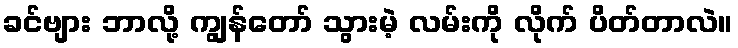
ခင်ဗျား ဘာလို့ ကျွန်တော် သွားမဲ့ လမ်းကို လိုက် ပိတ်တာလဲ။